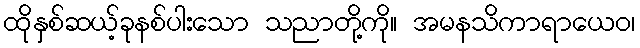
ထိုနှစ်ဆယ့်ခုနစ်ပါးသော သညာတို့ကို။ အမနသိကာရာယေဝ၊